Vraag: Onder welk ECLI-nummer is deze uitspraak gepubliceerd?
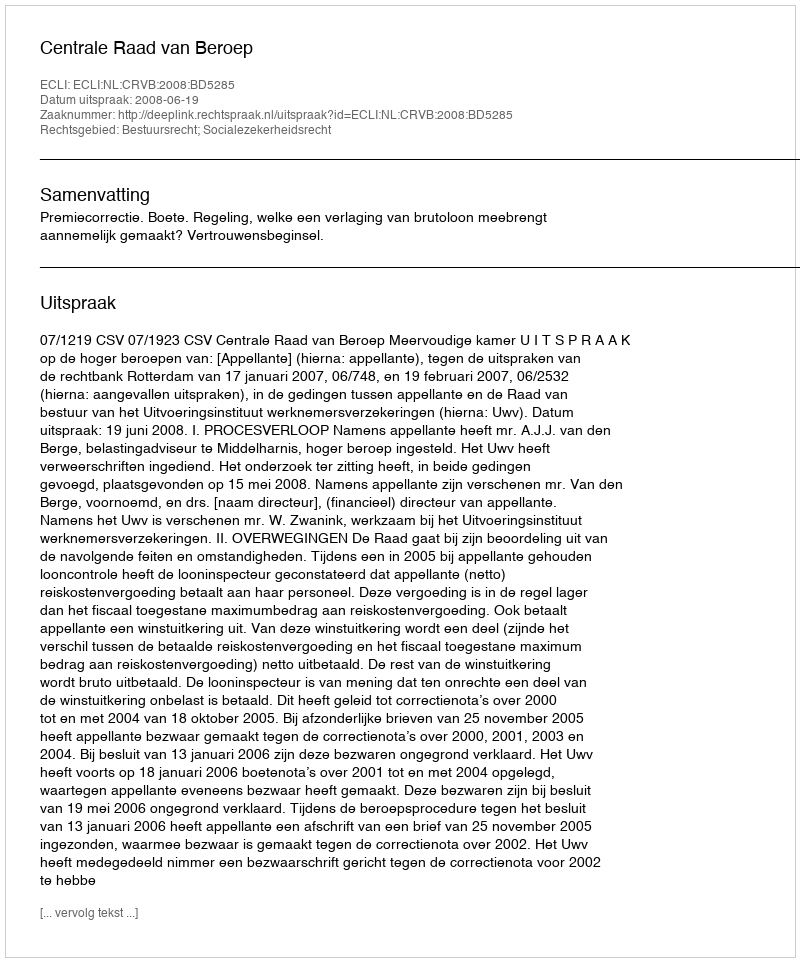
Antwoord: ECLI:NL:CRVB:2008:BD5285